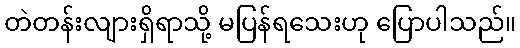
တဲတန်းလျားရှိရာသို့ မပြန်ရသေးဟု ပြောပါသည်။